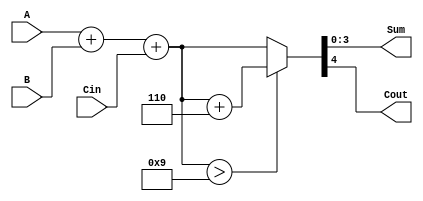
module BCD_Asynchronous_Adder (
    input  [3:0] A,      // First BCD digit
    input  [3:0] B,      // Second BCD digit
    input        Cin,     // Input carry
    output reg [3:0] Sum, // BCD sum output
    output reg Cout       // Output carry
);

    // Internal signals
    wire [4:0] preliminary_sum; // 5 bits to accommodate carry
    wire correction_needed;       // Signal to indicate if correction is needed
    wire [4:0] corrected_sum;     // Sum after correction

    // Preliminary addition of A, B and Cin
    assign preliminary_sum = A + B + Cin;

    // Determine if correction is needed (if preliminary sum > 9)
    assign correction_needed = preliminary_sum > 5'd9;

    // Correction logic: add 6 if correction is needed
    assign corrected_sum = correction_needed ? (preliminary_sum + 5'd6) : preliminary_sum;

    // Assign outputs
    always @(*) begin
        // Assign sum and carry out
        Sum = corrected_sum[3:0]; // Take the lower 4 bits for the BCD sum
        Cout = corrected_sum[4];   // The 5th bit is the carry out
    end

endmodule